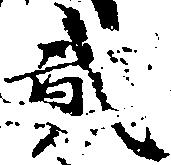
弐